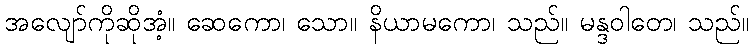
အလျော်ကိုဆိုအံ့။ ဆေကော၊ သော။ နိယာမကော၊ သည်။ မန္ဒဝါတေ၊ သည်။